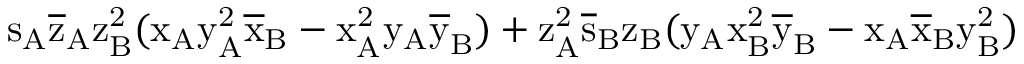
\mathrm { s _ { A } \mathrm { \overline { { z } } _ { A } \mathrm { z _ { B } ^ { 2 } ( \mathrm { x _ { A } \mathrm { y _ { A } ^ { 2 } \mathrm { \overline { { x } } _ { B } - \mathrm { x _ { A } ^ { 2 } \mathrm { y _ { A } \mathrm { \overline { { y } } _ { B } ) + \mathrm { z _ { A } ^ { 2 } \mathrm { \overline { { s } } _ { B } \mathrm { z _ { B } ( \mathrm { y _ { A } \mathrm { x _ { B } ^ { 2 } \mathrm { \overline { { y } } _ { B } - \mathrm { x _ { A } \mathrm { \overline { { x } } _ { B } \mathrm { y _ { B } ^ { 2 } ) } } } } } } } } } } } } } } } } } }